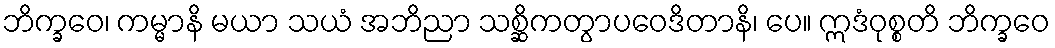
ဘိက္ခဝေ၊ ကမ္မာနိ မယာ သယံ အဘိညာ သစ္ဆိကတွာပဝေဒိတာနိ၊ ပေ။ ဣဒံဝုစ္စတိ ဘိက္ခဝေ